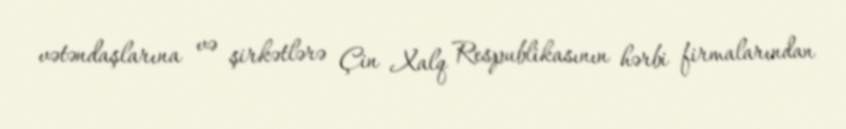
vətəndaşlarına və şirkətlərə Çin Xalq Respublikasının hərbi firmalarından